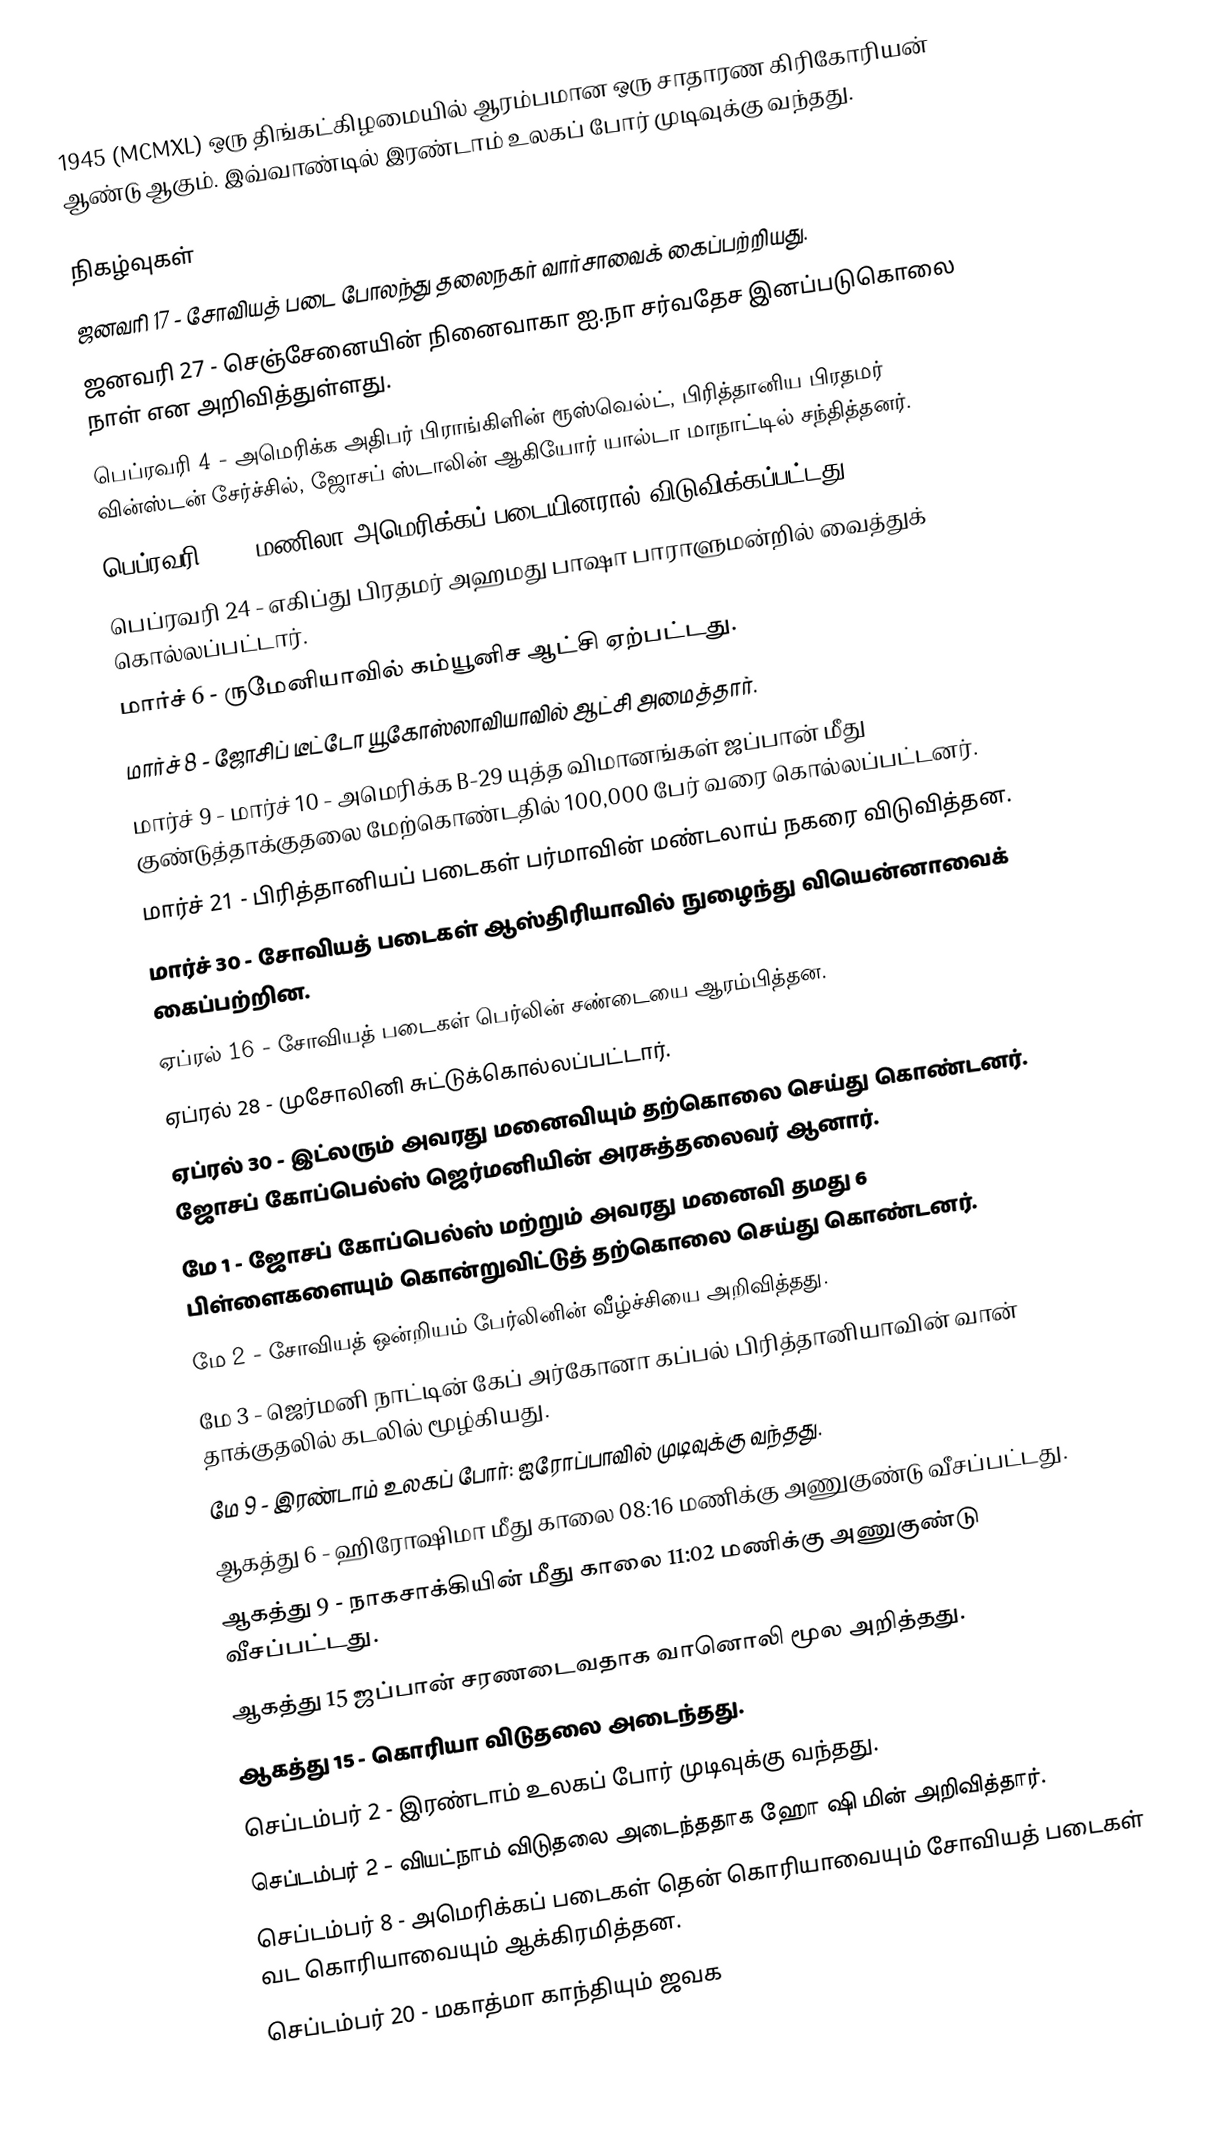
1945 (MCMXL) ஒரு திங்கட்கிழமையில் ஆரம்பமான ஒரு சாதாரண கிரிகோரியன் ஆண்டு ஆகும். இவ்வாண்டில் இரண்டாம் உலகப் போர் முடிவுக்கு வந்தது.

நிகழ்வுகள்
 ஜனவரி 17 - சோவியத் படை போலந்து தலைநகர் வார்சாவைக் கைப்பற்றியது.
 ஜனவரி 27 - செஞ்சேனையின் நினைவாகா ஐ.நா சர்வதேச இனப்படுகொலை நாள் என அறிவித்துள்ளது.
 பெப்ரவரி 4 - அமெரிக்க அதிபர் பிராங்கிளின் ரூஸ்வெல்ட், பிரித்தானிய பிரதமர் வின்ஸ்டன் சேர்ச்சில், ஜோசப் ஸ்டாலின் ஆகியோர் யால்டா மாநாட்டில் சந்தித்தனர்.
 பெப்ரவரி 23 - மணிலா அமெரிக்கப் படையினரால் விடுவிக்கப்பட்டது.
 பெப்ரவரி 24 - எகிப்து பிரதமர் அஹமது பாஷா பாராளுமன்றில் வைத்துக் கொல்லப்பட்டார்.
 மார்ச் 6 - ருமேனியாவில் கம்யூனிச ஆட்சி ஏற்பட்டது.
 மார்ச் 8 - ஜோசிப் டீட்டோ யூகோஸ்லாவியாவில் ஆட்சி அமைத்தார்.
 மார்ச் 9 - மார்ச் 10 - அமெரிக்க B-29 யுத்த விமானங்கள் ஜப்பான் மீது குண்டுத்தாக்குதலை மேற்கொண்டதில் 100,000 பேர் வரை கொல்லப்பட்டனர்.
 மார்ச் 21 - பிரித்தானியப் படைகள் பர்மாவின் மண்டலாய் நகரை விடுவித்தன.
 மார்ச் 30 - சோவியத் படைகள் ஆஸ்திரியாவில் நுழைந்து வியென்னாவைக் கைப்பற்றின.
 ஏப்ரல் 16 - சோவியத் படைகள் பெர்லின் சண்டையை ஆரம்பித்தன.
 ஏப்ரல் 28 - முசோலினி சுட்டுக்கொல்லப்பட்டார்.
 ஏப்ரல் 30 - இட்லரும் அவரது மனைவியும் தற்கொலை செய்து கொண்டனர். ஜோசப் கோப்பெல்ஸ் ஜெர்மனியின் அரசுத்தலைவர் ஆனார்.
 மே 1 - ஜோசப் கோப்பெல்ஸ் மற்றும் அவரது மனைவி தமது 6 பிள்ளைகளையும் கொன்றுவிட்டுத் தற்கொலை செய்து கொண்டனர்.
 மே 2 - சோவியத் ஒன்றியம் பேர்லினின் வீழ்ச்சியை அறிவித்தது.
 மே 3 - ஜெர்மனி நாட்டின் கேப் அர்கோனா கப்பல் பிரித்தானியாவின் வான் தாக்குதலில் கடலில் மூழ்கியது.
 மே 9 - இரண்டாம் உலகப் போர்: ஐரோப்பாவில் முடிவுக்கு வந்தது.
 ஆகத்து 6 - ஹிரோஷிமா மீது காலை 08:16 மணிக்கு அணுகுண்டு வீசப்பட்டது.
 ஆகத்து 9 - நாகசாக்கியின் மீது காலை 11:02 மணிக்கு அணுகுண்டு வீசப்பட்டது.
 ஆகத்து 15 ஜப்பான் சரணடைவதாக வானொலி மூல அறித்தது.
 ஆகத்து 15 - கொரியா விடுதலை அடைந்தது.
 செப்டம்பர் 2 - இரண்டாம் உலகப் போர் முடிவுக்கு வந்தது.
 செப்டம்பர் 2 - வியட்நாம் விடுதலை அடைந்ததாக ஹோ ஷி மின் அறிவித்தார்.
 செப்டம்பர் 8 - அமெரிக்கப் படைகள் தென் கொரியாவையும் சோவியத் படைகள் வட கொரியாவையும் ஆக்கிரமித்தன.
 செப்டம்பர் 20 - மகாத்மா காந்தியும் ஜவக